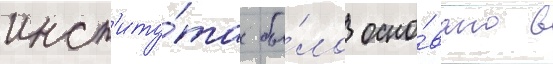
инст'иту́та бы́ло осно́вано в